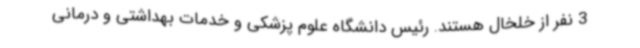
3 نفر از خلخال هستند. رئیس دانشگاه علوم پزشکی و خدمات بهداشتی و درمانی